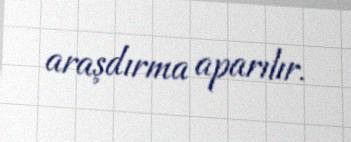
araşdırma aparılır.